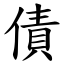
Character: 債